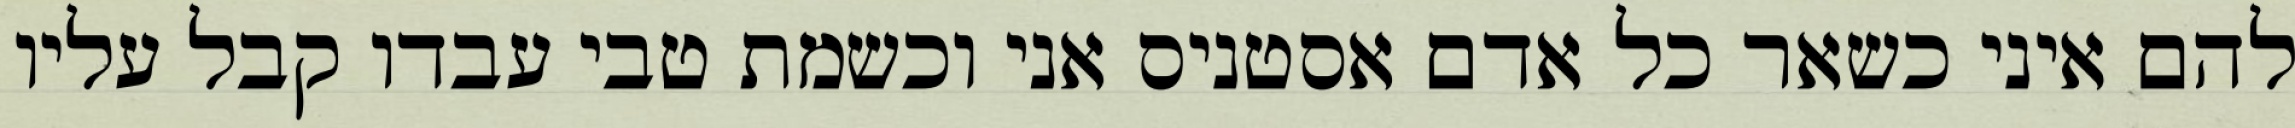
להם איני כשאר כל אדם אסטניס אני וכשמת טבי עבדו קבל עליו